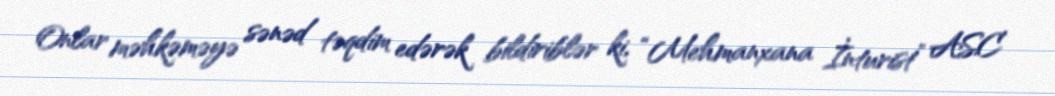
Onlar məhkəməyə sənəd təqdim edərək bildiriblər ki, “Mehmanxana İnturist” ASC